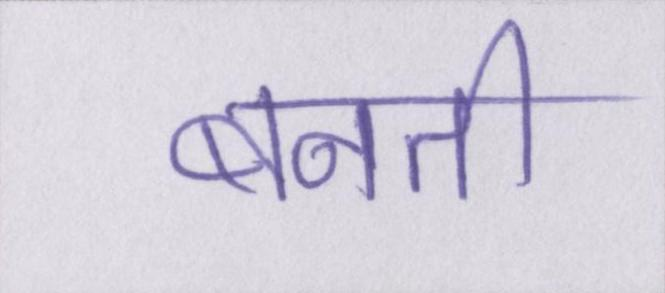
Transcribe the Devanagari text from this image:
बनती